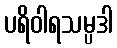
ပရိဝါရသမ္ပဒါ